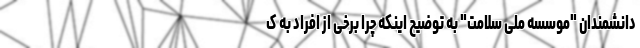
دانشمندان "موسسه ملی سلامت" به توضیح اینکه چرا برخی از افراد به ک